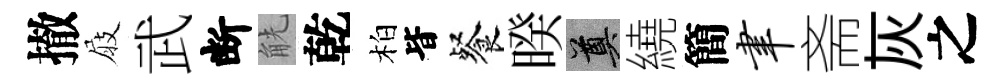
撤屐武断觥乾柏𣅜餐暌奠繞簡聿斋灰之